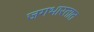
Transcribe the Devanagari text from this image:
जगभारतात